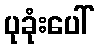
ပုခုံးပေါ်